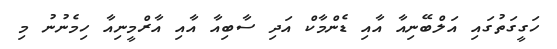
ހަގީގަތުގައި އަލްބޭނިއާ އާއި ޑެންމާކް އަދި ސާބިއާ އާއި އާރްމީނިއާ ހިމެނުނު މި